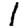
Digit: 1